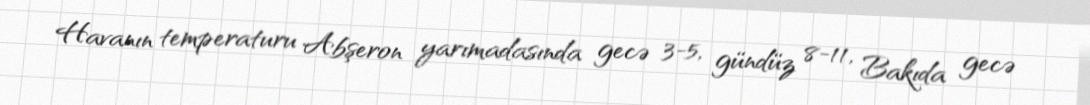
Havanın temperaturu Abşeron yarımadasında gecə 3-5, gündüz 8-11, Bakıda gecə